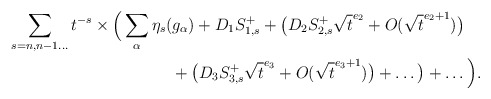
\begin{align*}&\sum_{s=n,n-1\ldots}t^{-s}\times\Big(\sum_\alpha\eta_s(g_\alpha)+D_{1}S^+_{1, s}+\big(D_2S^+_{2, s}\sqrt{t}^{e_2}+O(\sqrt{t}^{e_2+1})\big)\\&\qquad\qquad\qquad\qquad\qquad+\big(D_3S^+_{3, s}\sqrt{t}^{e_3}+O(\sqrt{t}^{e_3+1})\big)+\ldots\big)+\ldots\Big). \end{align*}